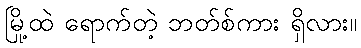
မြို့ထဲ ရောက်တဲ့ ဘတ်စ်ကား ရှိလား။